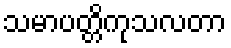
သမာပတ္တိကုသလတာ